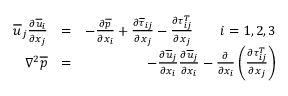
\begin{array} { r l r } { \overline { { u } } _ { j } \frac { \partial \overline { { u } } _ { i } } { \partial x _ { j } } } & { = } & { - \frac { \partial \overline { { p } } } { \partial x _ { i } } + \frac { \partial \overline { { \tau } } _ { i j } } { \partial x _ { j } } - \frac { \partial \tau _ { i j } ^ { T } } { \partial x _ { j } } \qquad i = 1 , 2 , 3 } \\ { \nabla ^ { 2 } \overline { { p } } } & { = } & { - \frac { \partial \overline { { u } } _ { j } } { \partial x _ { i } } \frac { \partial \overline { { u } } _ { j } } { \partial x _ { i } } - \frac { \partial } { \partial x _ { i } } \left( \frac { \partial \tau _ { i j } ^ { T } } { \partial x _ { j } } \right) } \end{array}